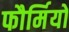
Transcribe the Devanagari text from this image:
फौर्मियो